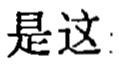
是这